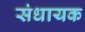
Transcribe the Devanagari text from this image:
संधायक